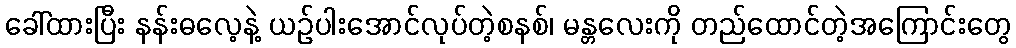
ခေါ်ထားပြီး နန်းဓလေ့နဲ့ ယဉ်ပါးအောင်လုပ်တဲ့စနစ်၊ မန္တလေးကို တည်ထောင်တဲ့အကြောင်းတွေ